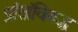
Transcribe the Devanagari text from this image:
प्रांतांविरुद्ध